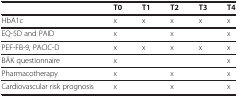
<table><thead><tr><td><b> </b></td><td><b>T0</b></td><td><b>T1</b></td><td><b>T2</b></td><td><b>T3</b></td><td><b>T4</b></td></tr></thead><tbody><tr><td>HbA1c</td><td>x</td><td>x</td><td>x</td><td>x</td><td>x</td></tr><tr><td>EQ-5D and PAID</td><td>x</td><td> </td><td>x</td><td> </td><td>x</td></tr><tr><td>PEF-FB-9, PACIC-D</td><td>x</td><td>x</td><td>x</td><td>x</td><td>x</td></tr><tr><td>BÄK questionnaire</td><td>x</td><td> </td><td> </td><td> </td><td>x</td></tr><tr><td>Pharmacotherapy</td><td>x</td><td> </td><td>x</td><td> </td><td>x</td></tr><tr><td>Cardiovascular risk prognosis</td><td>x</td><td> </td><td>x</td><td> </td><td>x</td></tr></tbody></table>